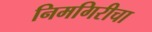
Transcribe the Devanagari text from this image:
निमगिरीचा